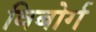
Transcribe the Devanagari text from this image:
विबोर्ग